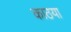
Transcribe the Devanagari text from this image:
काठया